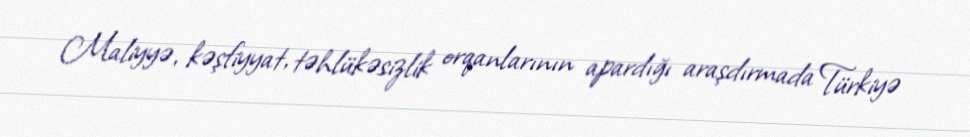
Maliyyə, kəşfiyyat, təhlükəsizlik orqanlarının apardığı araşdırmada Türkiyə